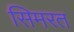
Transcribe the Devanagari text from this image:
सिमरत